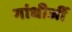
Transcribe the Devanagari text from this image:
गांधीजीं